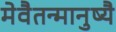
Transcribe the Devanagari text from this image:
मेवैतन्मानुष्यै